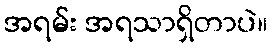
အရမ်း အရသာရှိတာပဲ။